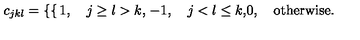
c _ { j k l } = \left\{ \begin{cases} { 1 , \quad j \ge l > k , } \\ { - 1 , \quad j < l \le k , } \\ { 0 , \quad \mathrm { o t h e r w i s e } . } \\ \end{cases} \right.